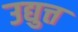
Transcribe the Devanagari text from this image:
उद्युत्त